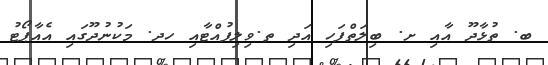
ބ. ތުޅާދޫ އާއި ށ. ބިލަތްފަހި އަދި ތ.ވިލިފުއްޓާއި ހދ. މަކުނުދޫގައި އެއާޕޯޓު